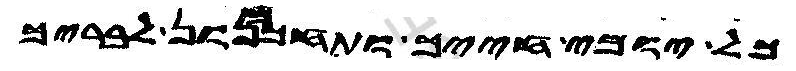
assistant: כל יומי חייך ותחכמנון לבריך